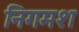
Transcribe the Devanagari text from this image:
निगमश